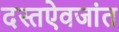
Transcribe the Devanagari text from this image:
दस्तऐवजांत